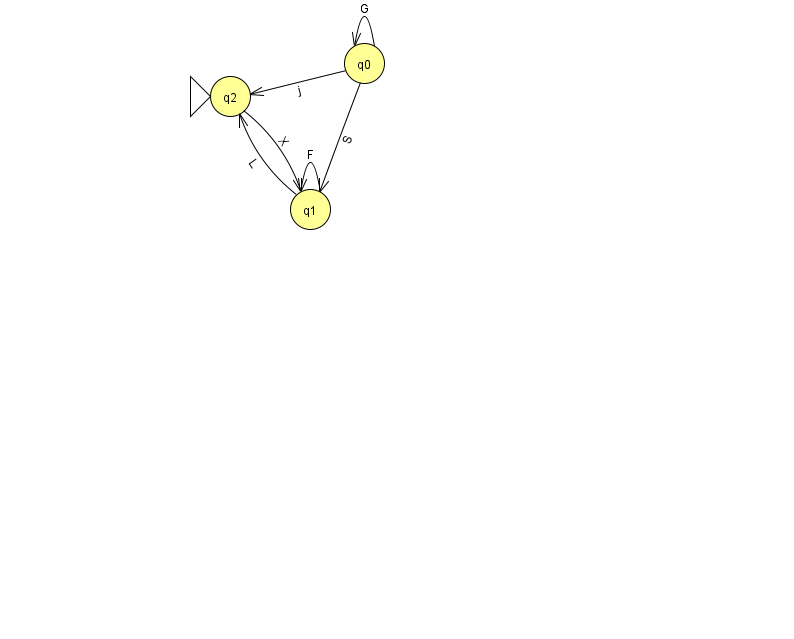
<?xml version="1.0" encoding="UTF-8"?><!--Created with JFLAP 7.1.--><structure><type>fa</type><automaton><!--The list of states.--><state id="0" name="q0"><x>364.0</x><y>50.0</y></state><state id="1" name="q1"><x>310.0</x><y>196.0</y></state><state id="2" name="q2"><x>230.0</x><y>83.0</y><initial/></state><!--The list of transitions.--><transition><from>1</from><to>1</to><read>F</read></transition><transition><from>0</from><to>0</to><read>G</read></transition><transition><from>0</from><to>2</to><read>j</read></transition><transition><from>2</from><to>1</to><read>X</read></transition><transition><from>0</from><to>1</to><read>S</read></transition><transition><from>1</from><to>2</to><read>L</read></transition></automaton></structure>